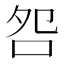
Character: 𫩨